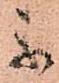
不